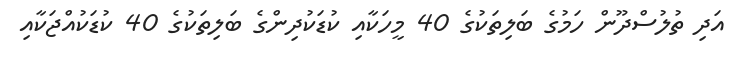
އަދި ތުލުސްދޫން ހަމުގެ ބަލިތަކުގެ 40 މީހަކާއި ކުޑަކުދިންގެ ބަލިތަކުގެ 40 ކުޑަކުއްޖަކާއި